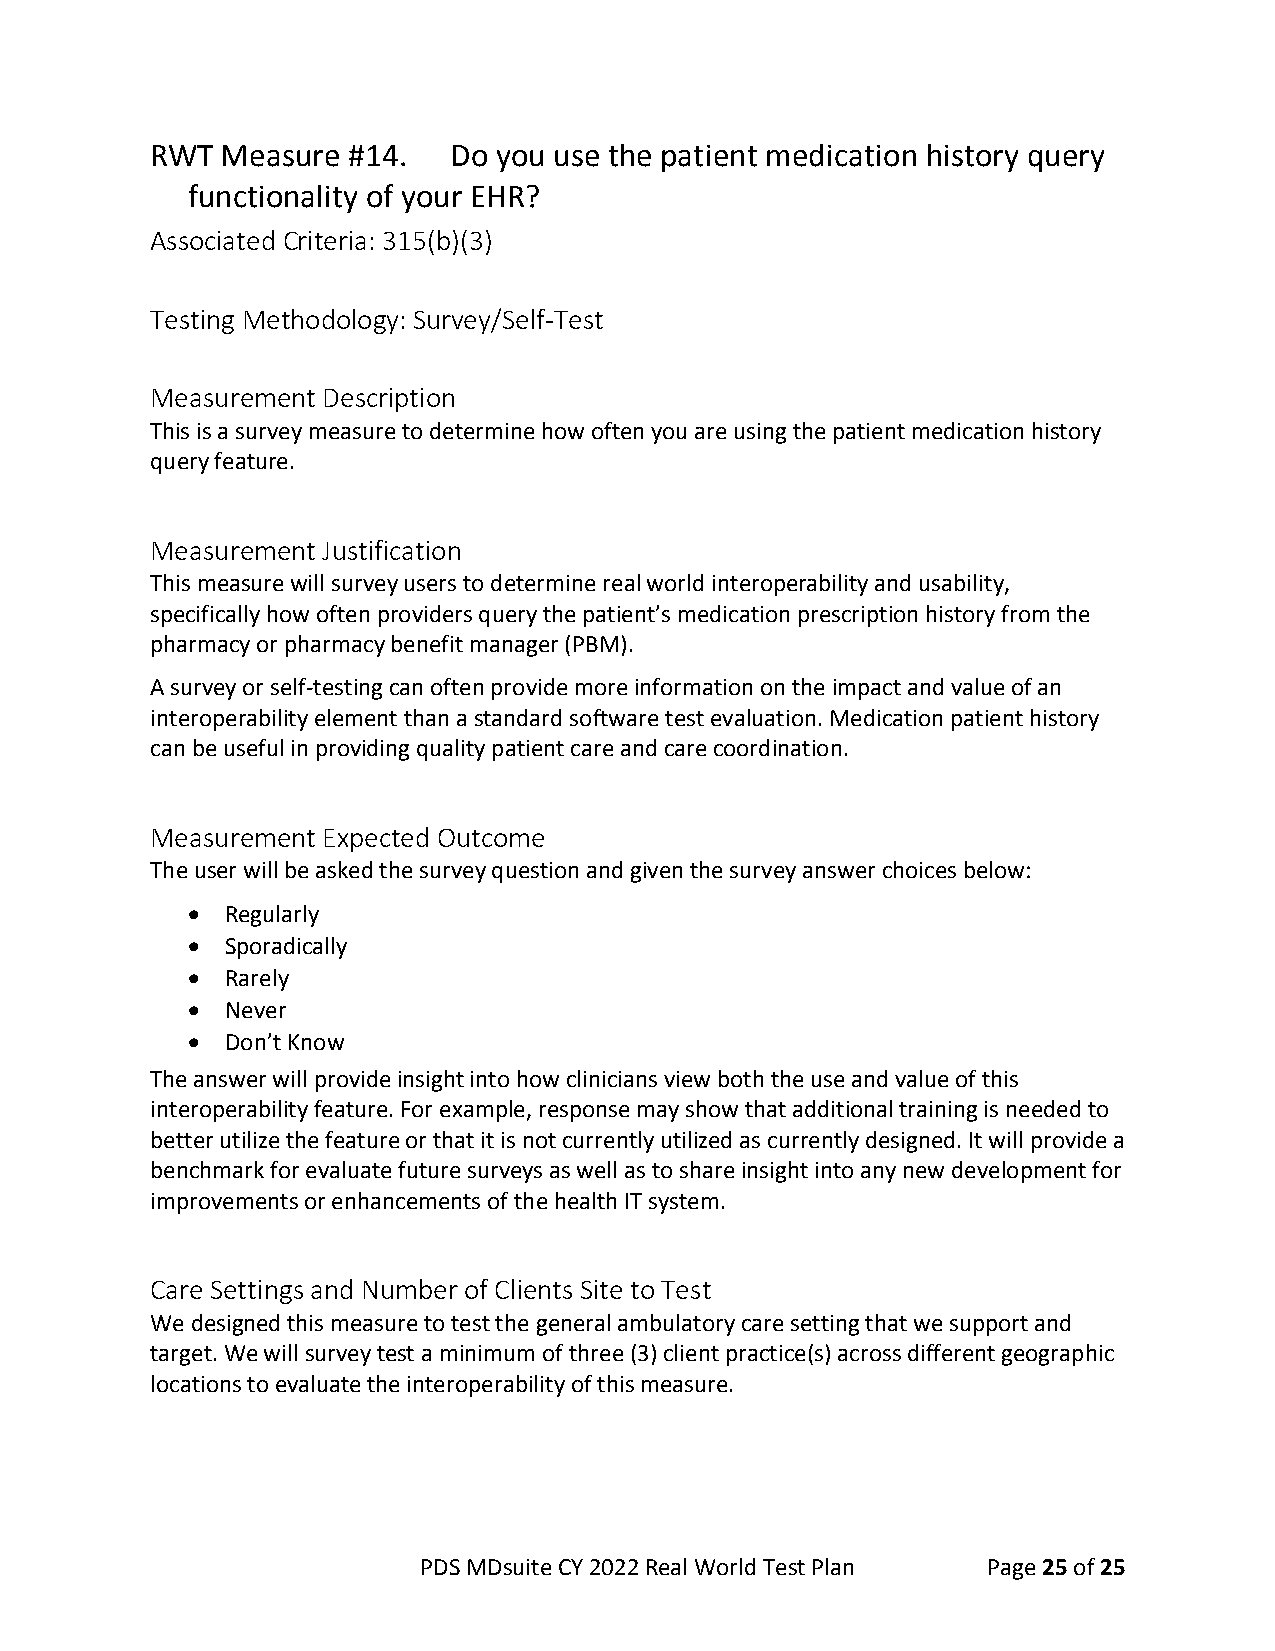
RWT  Measure #14.   Do you use the patient medication history query
 functionality of your EHR?
 Associated Criteria: 315(b)(3)
 Testing Methodology: Survey/Self-Test
 Measurement Description
 This is a survey measure to determine how often you are using the patient medication history
 query feature.
 Measurement Justification
 This measure will survey users to determine real world interoperability and usability,
 specifically how often providers query the patient’s medication prescription history from the
 pharmacy or pharmacy benefit manager (PBM).
 A survey or self-testing can often provide more information on the impact and value of an
 interoperability element than a standard software test evaluation. Medication patient history
 can be useful in providing quality patient care and care coordination.
 Measurement Expected Outcome
 The user will be asked the survey question and given the survey answer choices below:
 •  Regularly
 •  Sporadically
 •  Rarely
 •  Never
 •  Don’t Know
 The answer will provide insight into how clinicians view both the use and value of this
 interoperability feature. For example, response may show that additional training is needed to
 better utilize the feature or that it is not currently utilized as currently designed. It will provide a
 benchmark for evaluate future surveys as well as to share insight into any new development for
 improvements or enhancements of the health IT system.
 Care Settings and Number of Clients Site to Test
 We designed this measure to test the general ambulatory care setting that we support and
 target. We will survey test a minimum of three (3) client practice(s) across different geographic
 locations to evaluate the interoperability of this measure.
 PDS MDsuite CY 2022 Real World Test Plan Page 25 of 25